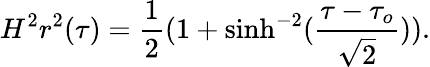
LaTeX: H^{2}r^{2}(\tau)=\frac{1}{2}(1+\sinh^{-2}(\frac{\tau-\tau_{o}}{\sqrt{2}})).